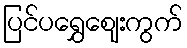
ပြင်ပရွှေဈေးကွက်